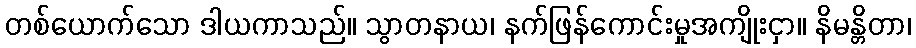
တစ်ယောက်သော ဒါယကာသည်။ သွာတနာယ၊ နက်ဖြန်ကောင်းမှုအကျိုးငှာ။ နိမန္တိတာ၊